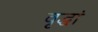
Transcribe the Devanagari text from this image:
वृद्धां